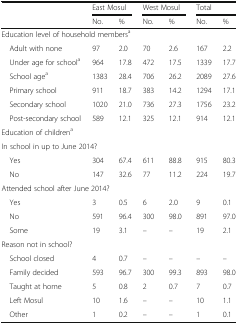
| <ROWSPAN=2>  | <COLSPAN=2> East Mosul | <COLSPAN=2> West Mosul | <COLSPAN=2> Total |
 | No. | % | No. | % | No. | % |
 | --- | --- | --- | --- | --- | --- | --- |
 | <COLSPAN=7> Education level of household membersa |
 | Adult with none | 97 | 2.0 | 70 | 2.6 | 167 | 2.2 |
 | Under age for schoola | 964 | 17.8 | 472 | 17.5 | 1339 | 17.7 |
 | School agea | 1383 | 28.4 | 706 | 26.2 | 2089 | 27.6 |
 | Primary school | 911 | 18.7 | 383 | 14.2 | 1294 | 17.1 |
 | Secondary school | 1020 | 21.0 | 736 | 27.3 | 1756 | 23.2 |
 | Post-secondary school | 589 | 12.1 | 325 | 12.1 | 914 | 12.1 |
 | <COLSPAN=7> Education of childrena |
 | <COLSPAN=7> In school in up to June 2014? |
 | Yes | 304 | 67.4 | 611 | 88.8 | 915 | 80.3 |
 | No | 147 | 32.6 | 77 | 11.2 | 224 | 19.7 |
 | <COLSPAN=7> Attended school after June 2014? |
 | Yes | 3 | 0.5 | 6 | 2.0 | 9 | 0.1 |
 | No | 591 | 96.4 | 300 | 98.0 | 891 | 97.0 |
 | Some | 19 | 3.1 | – | – | 19 | 2.1 |
 | <COLSPAN=7> Reason not in school? |
 | School closed | 4 | 0.7 | – | – | – | – |
 | Family decided | 593 | 96.7 | 300 | 99.3 | 893 | 98.0 |
 | Taught at home | 5 | 0.8 | 2 | 0.7 | 7 | 0.7 |
 | Left Mosul | 10 | 1.6 | – | – | 10 | 1.1 |
 | Other | 1 | 0.2 | – | – | 1 | 0.1 |